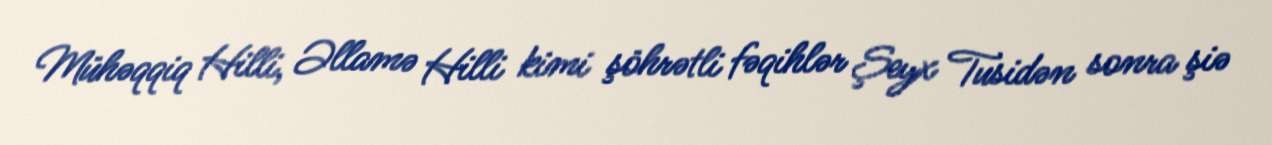
Mühəqqiq Hilli, Əllamə Hilli kimi şöhrətli fəqihlər Şeyx Tusidən sonra şiə